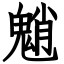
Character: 魈